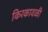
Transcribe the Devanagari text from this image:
किरकावळी